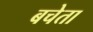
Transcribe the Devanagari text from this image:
बचेता